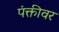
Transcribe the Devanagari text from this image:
पंक्तीवर